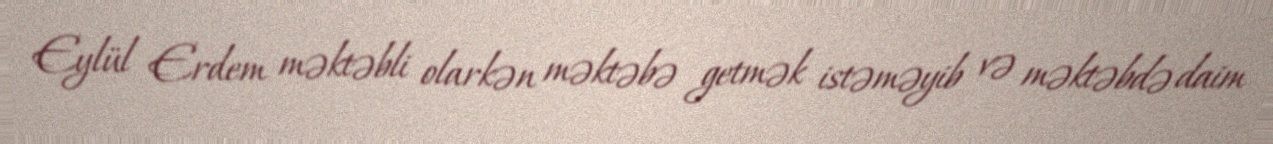
Eylül Erdem məktəbli olarkən məktəbə getmək istəməyib və məktəbdə daim